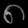
Digit: ၈